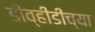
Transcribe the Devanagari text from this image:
डीव्हीडींच्या